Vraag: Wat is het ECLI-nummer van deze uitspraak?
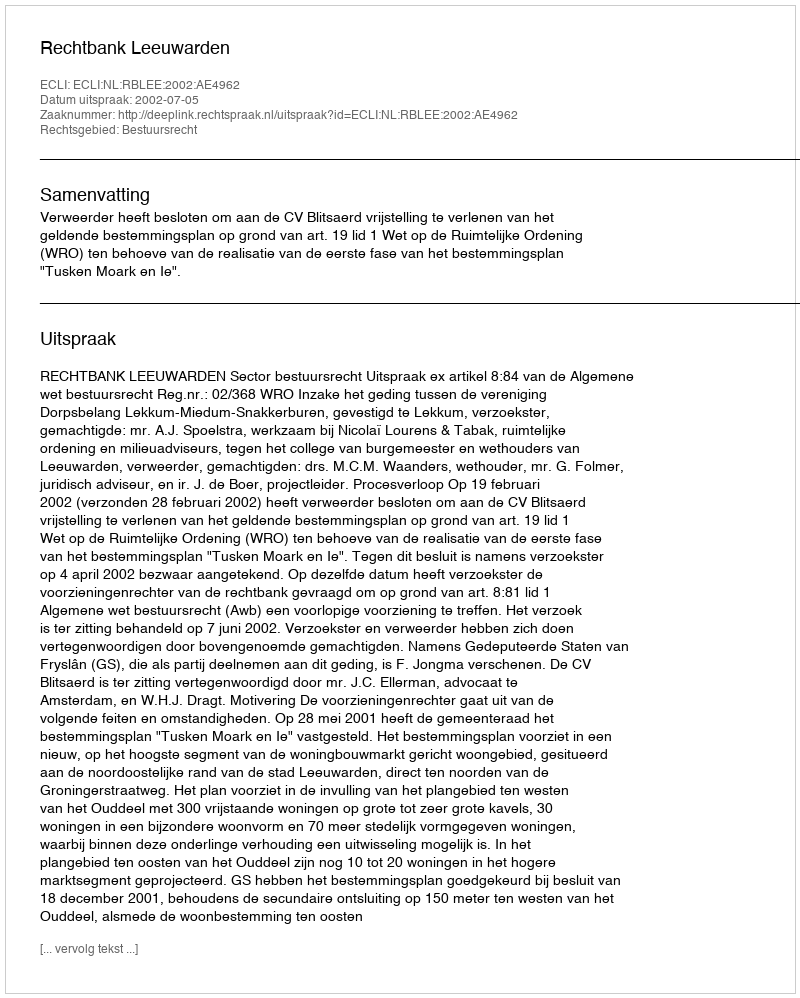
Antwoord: ECLI:NL:RBLEE:2002:AE4962